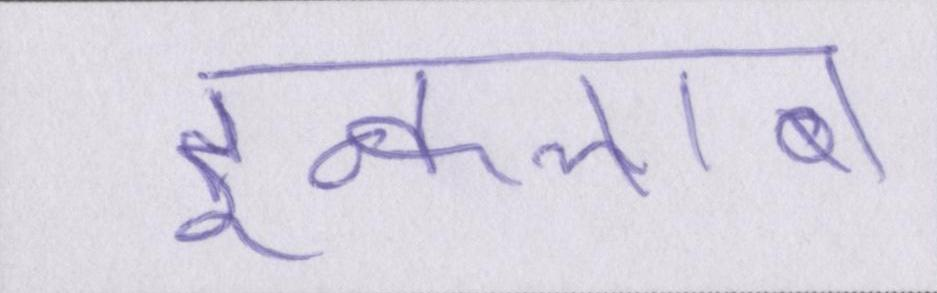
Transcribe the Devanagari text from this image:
इन्कलाब